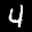
Label: 4